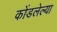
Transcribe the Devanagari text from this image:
कोंडलेल्या